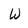
Character: W